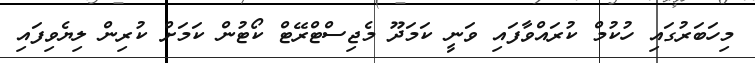
މިހަބަރުގައި ހުކުމް ކުރައްވާފައި ވަނީ ކަމަދޫ މެޖިސްޓްރޭޓް ކޯޓުން ކަމަށް ކުރިން ލިޔެވިފައި